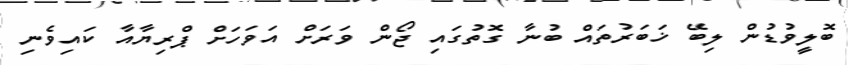
ބޮލީވުޑުން ލިބޭ ޚަބަރުތައް ބުނާ ގޮތުގައި ޖޯން ވަރަށް އަވަހަށް ޕްރިޔާއާ ކައިވެނި